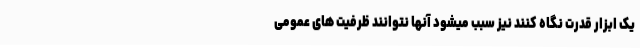
یک ابزار قدرت نگاه کنند نیز سبب میشود آنها نتوانند ظرفیت های عمومی